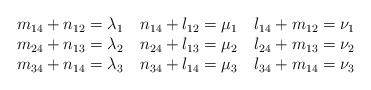
\begin{align*}\begin{tabular}{ c c c }$m_{14}+n_{12}=\lambda_1$ & $n_{14}+l_{12}=\mu_1$ & $l_{14}+m_{12}=\nu_1$ \cr$m_{24}+n_{13}=\lambda_2$ & $n_{24}+l_{13}=\mu_2$ & $l_{24}+m_{13}=\nu_2$ \cr$m_{34}+n_{14}=\lambda_3$ & $n_{34}+l_{14}=\mu_3$ & $l_{34}+m_{14}=\nu_3$ \end{tabular}\end{align*}